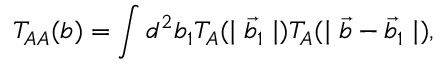
T _ { A A } ( b ) = \int d ^ { 2 } b _ { 1 } T _ { A } ( \mid \vec { b } _ { 1 } \mid ) T _ { A } ( \mid \vec { b } - \vec { b } _ { 1 } \mid ) ,